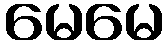
မေမေ